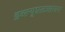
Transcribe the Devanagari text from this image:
डब्ल्यूएलआरएन